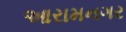
આરામનગર